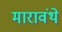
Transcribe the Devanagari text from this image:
मारावंथे